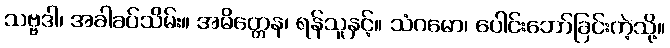
သဗ္ဗဒါ၊ အခါခပ်သိမ်း။ အမိတ္တေန၊ ရန်သူနှင့်။ သံဂမော၊ ပေါင်းဘော်ခြင်းကဲ့သို့။